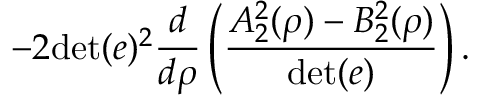
- 2 \mathrm { d e t } ( e ) ^ { 2 } \frac { d } { d \rho } \left( \frac { A _ { 2 } ^ { 2 } ( \rho ) - B _ { 2 } ^ { 2 } ( \rho ) } { \mathrm { d e t } ( e ) } \right) .